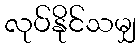
လုပ်နိုင်သမျှ